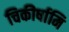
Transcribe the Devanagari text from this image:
चिकीर्षामि